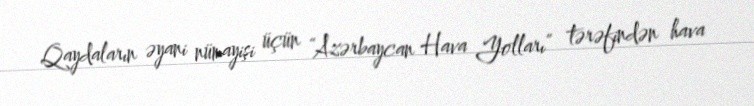
Qaydaların əyani nümayişi üçün “Azərbaycan Hava Yolları” tərəfindən hava